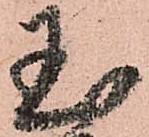
玉